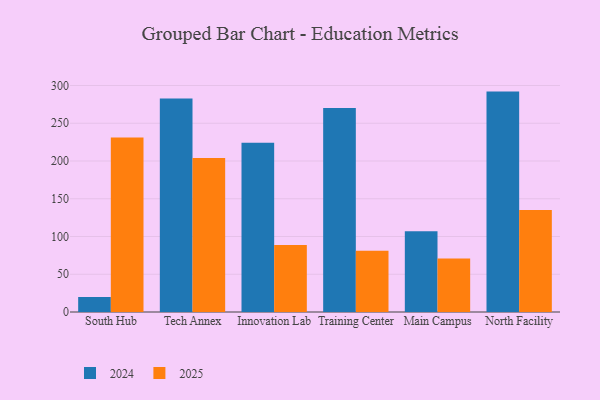
{"axis": {"x": "Campus", "y": "Operating Costs (USD K)"}, "legend": ["2024", "2025"], "data": [{"x": "South Hub", "y": 19.9, "type": "2024"}, {"x": "South Hub", "y": 231.2, "type": "2025"}, {"x": "Tech Annex", "y": 282.9, "type": "2024"}, {"x": "Tech Annex", "y": 203.8, "type": "2025"}, {"x": "Innovation Lab", "y": 224.2, "type": "2024"}, {"x": "Innovation Lab", "y": 88.9, "type": "2025"}, {"x": "Training Center", "y": 270.2, "type": "2024"}, {"x": "Training Center", "y": 81.2, "type": "2025"}, {"x": "Main Campus", "y": 106.8, "type": "2024"}, {"x": "Main Campus", "y": 70.8, "type": "2025"}, {"x": "North Facility", "y": 291.9, "type": "2024"}, {"x": "North Facility", "y": 135.0, "type": "2025"}]}